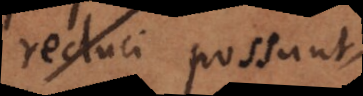
reduci possunt